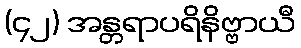
(၄၂) အန္တရာပရိနိဗ္ဗာယီ